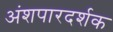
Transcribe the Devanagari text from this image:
अंशपारदर्शक